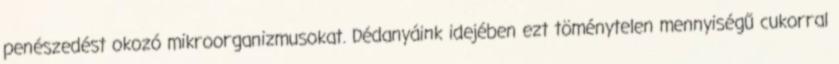
penészedést okozó mikroorganizmusokat. Dédanyáink idejében ezt töménytelen mennyiségű cukorral